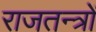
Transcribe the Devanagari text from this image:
राजतन्त्रों